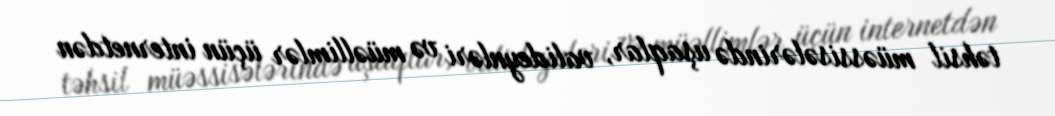
təhsil müəssisələrində uşaqlar, valideynləri və müəllimlər üçün internetdən